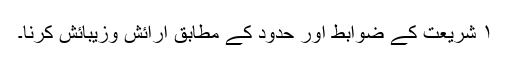
۱ شریعت کے ضوابط اور حدود کے مطابق آرائش وزیبائش کرنا۔